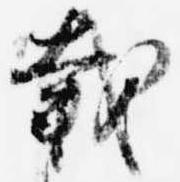
載